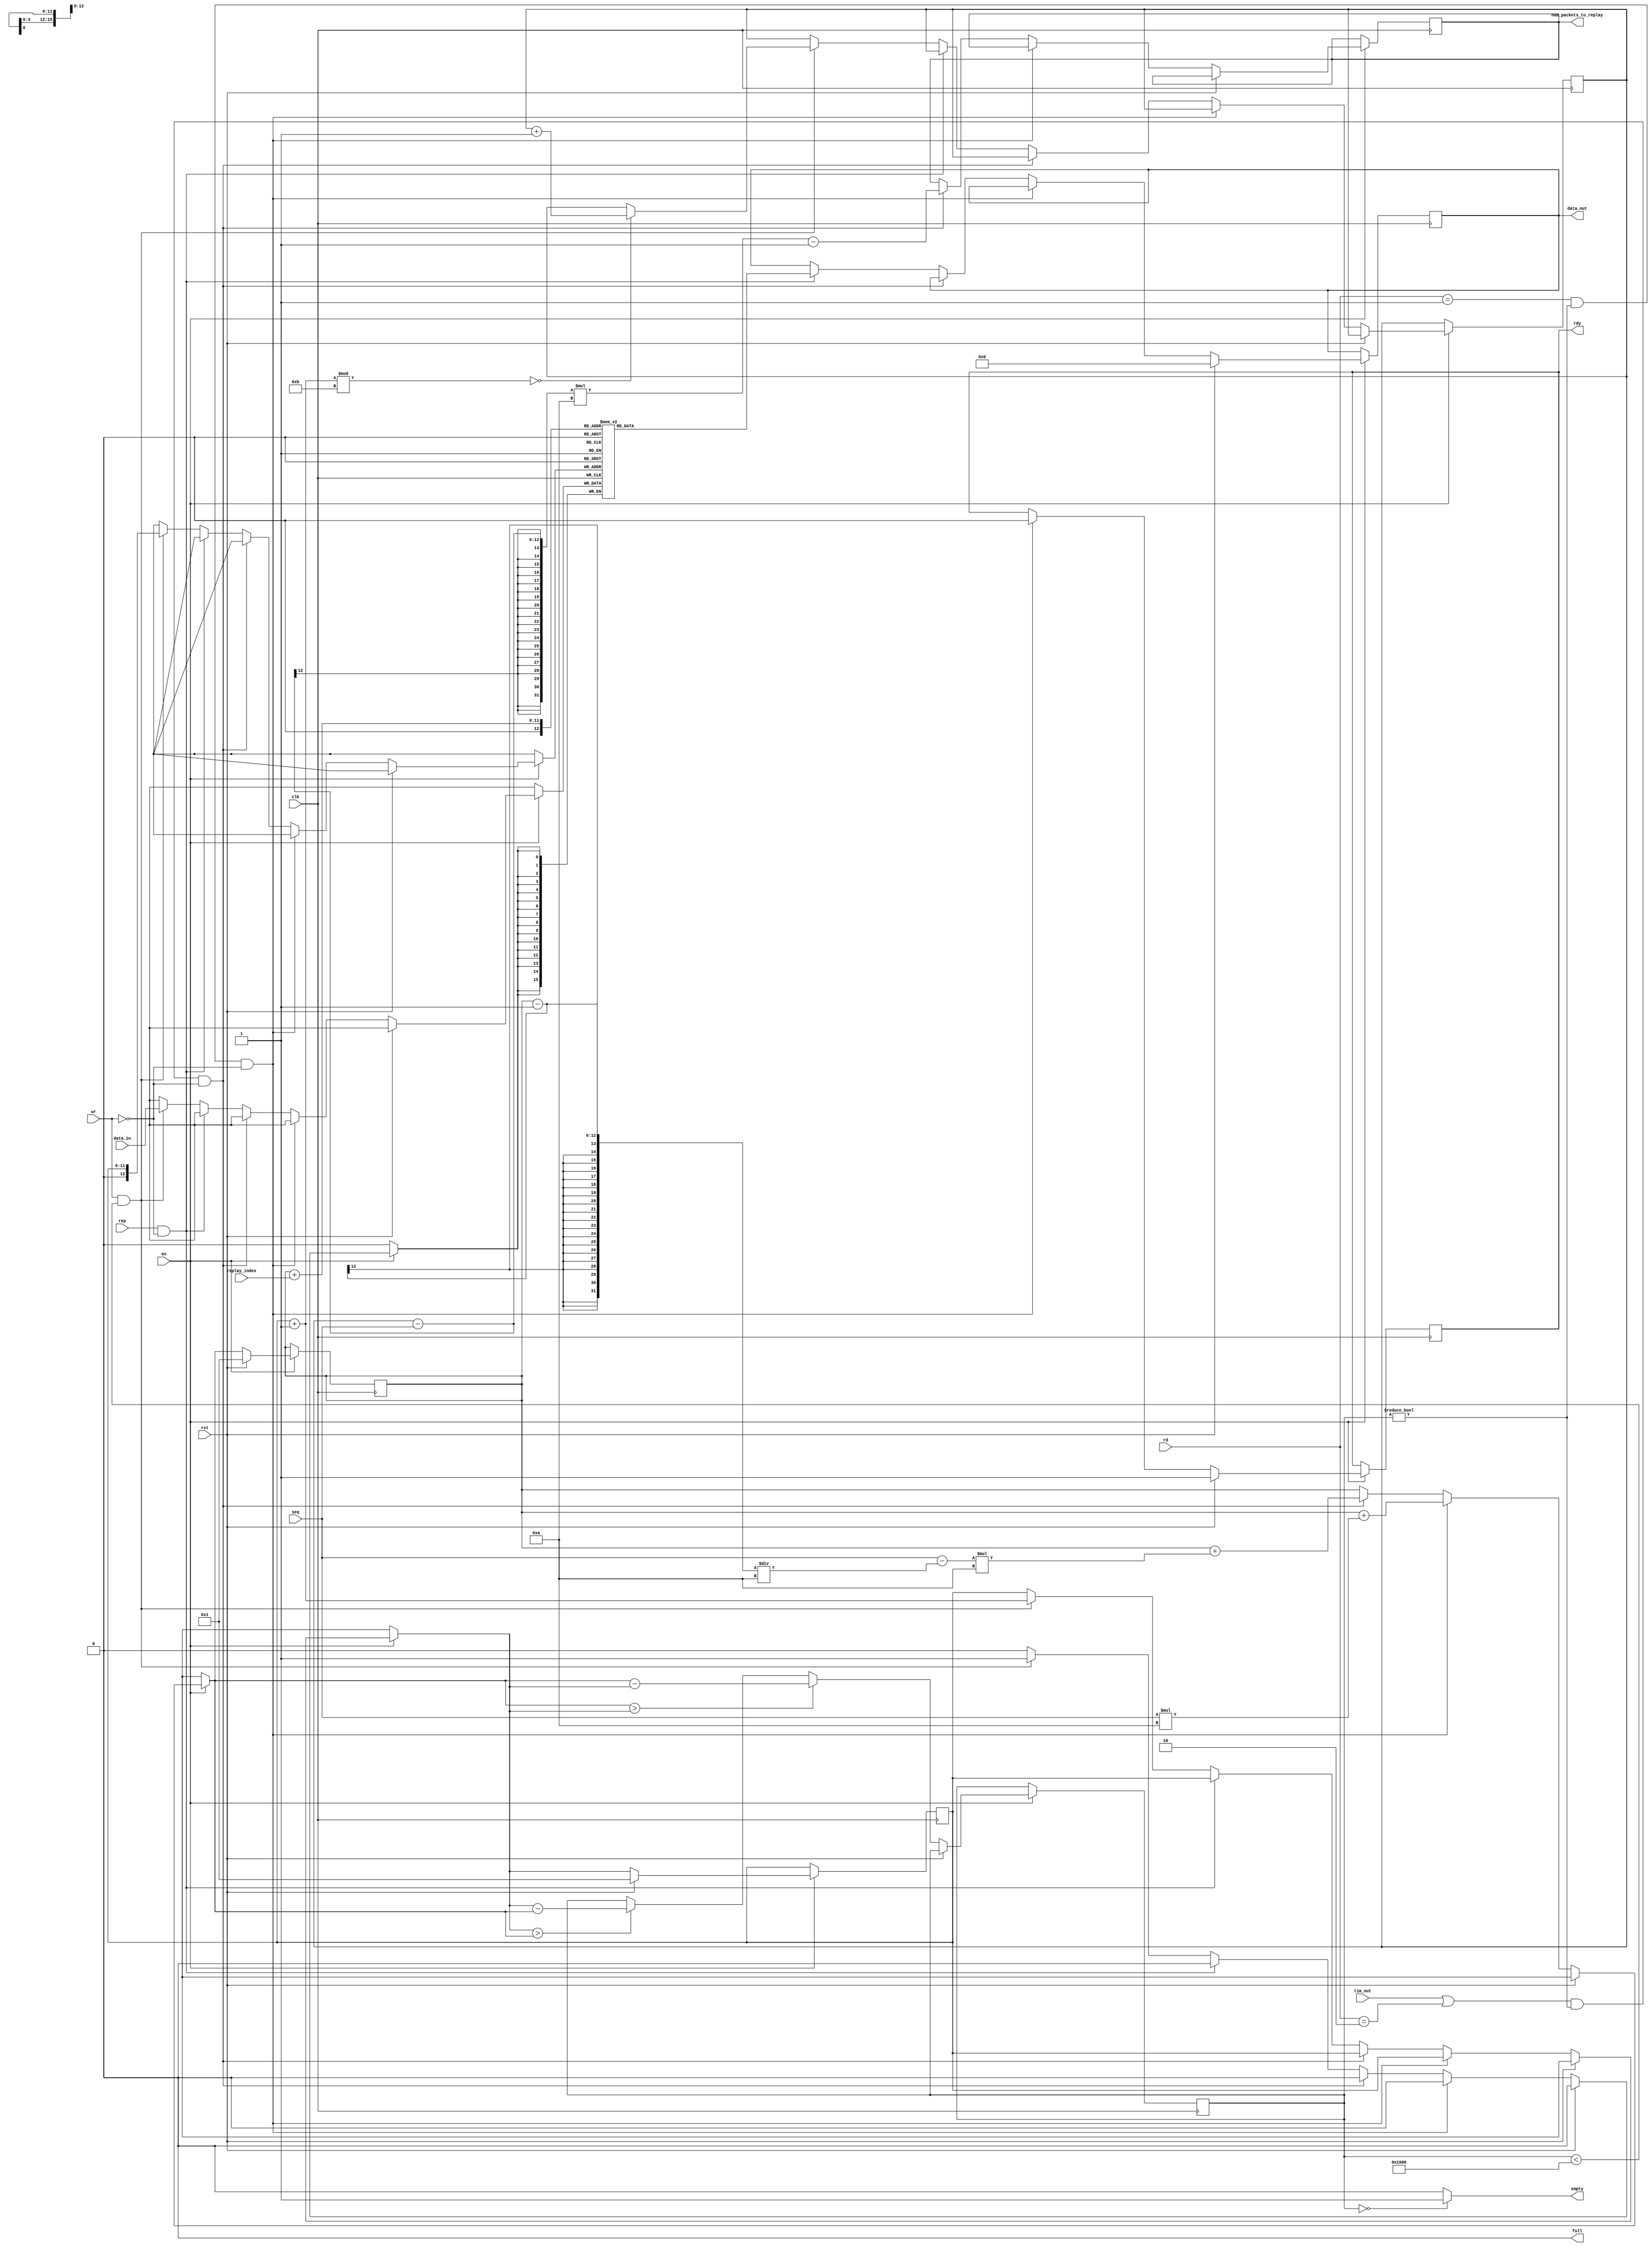
`timescale 1ns / 1ns

module fifo(clk, data_in, rd, wr, en, data_out, rst, empty, full, seq, tim_out, rdy,num_packets_to_replay, replay_index, rep); 

input  clk, wr, en, rst, tim_out, rep;

input [1:0] rd;

input [11:0] seq, replay_index;

output  empty, full;

input   [15:0]    data_in;

output reg [15:0] data_out; // internal registers 

output reg rdy;

reg [11:0] last_seq_written = 1;

output reg [11:0] num_packets_to_replay = 0;

reg [11:0]  count = 0; 

reg [15:0] FIFO [1:4096];                     

reg [11:0]      read_counter = 1, 
                write_counter = 1; 
				
		

assign empty = (count==0)? 1'b1:1'b0; 

assign full = (count==4096)? 1'b1:1'b0; 

always @ (posedge clk) 

begin 

if (!en); //if enable is low, do nothing

else 
	begin 
		if (rst) //reset and initialize 
			begin 
				data_out = 0;
				read_counter = 1; 
				write_counter = 1;
				rdy = 1; 
			end
		


		else // no reset or time-out
			begin
				// receiver sends ack, advance rd pointer past sequence number transmitted 
				// with DLLP to purged replay buffer of received packets
				if(rd == 2'b01 && count != 0 && !wr) 	
					begin
						read_counter = read_counter + (seq * 10);
						rdy = 0;
					end
				// receiver sends NACK DLLP, retransmit all TLP in buffer with EARLIER
				//sequence number than seq[11:0] supplied with NACK DLLP
				else if ( (tim_out || rd == 2'b10) && count != 0 && !wr ) 											
					begin
						read_counter = read_counter + ((seq - ((read_counter - 1) / 10)) * 10);
						
						num_packets_to_replay = ((last_seq_written - seq)*10) - 1;
					end							
				else if (rep && !wr)
					begin
						data_out = FIFO[read_counter + replay_index];
					end
				
				else if (wr==1'b1 && count<4096) 
					
					begin
						FIFO[write_counter]  = data_in; 	   
						write_counter  = write_counter + 1; 	  //16-bit chunks of packet
						if((write_counter%11) == 0) last_seq_written = last_seq_written + 1;  //Incrament after each 10 write cycles
					end 

				if (write_counter == 4096) 
					write_counter = 0; 

				else if (read_counter == 4096) 
					read_counter = 0; 

				if (read_counter > write_counter) 
					count = read_counter - write_counter; 

				else if (write_counter > read_counter) 
					count = write_counter - read_counter; 
				
				if(full)
					rdy = 0;
			end
	end		
end 

endmodule